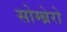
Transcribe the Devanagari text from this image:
सोम्ब्रेरो